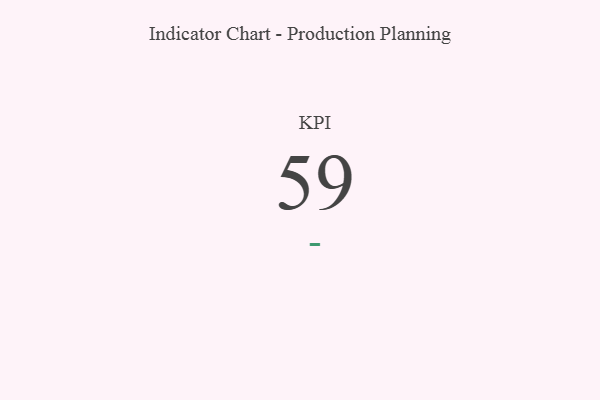
{"axis": {"x": "KPI", "y": "Value"}, "legend": [""], "data": [{"x": "KPI", "y": 59, "type": ""}]}